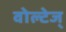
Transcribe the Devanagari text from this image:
वोल्टेज्